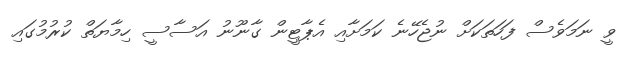
ވީ ނަމަވެސް ފަހަތަކަށް ނުޖެހޭނެ ކަމަށާއި އެޕާޓީން ގާނޫނު އަސާސީ ހިމާޔަތް ކުރުމުގައި